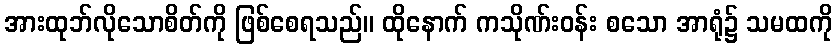
အားထုဘ်လိုသောစိတ်ကို ဖြစ်စေရသည်။ ထိုနောက် ကသိုဏ်းဝန်း စသော အာရုံ၌ သမထကို